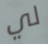
لي